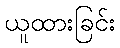
ယူထားခြင်း